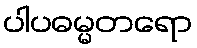
ပါပဓမ္မတရော